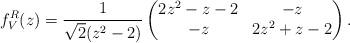
LaTeX: \begin{align*} f_V^R(z) = \frac{1}{\sqrt{2}(z^2-2)} \begin{pmatrix} 2z^2-z-2 & -z \\ -z & 2z^2+z-2 \end{pmatrix}.\end{align*}